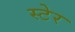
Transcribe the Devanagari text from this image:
स्टेर